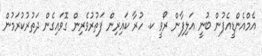
އެމްއެންޑީއެފުން ބުނީ އަލިފާން ރޯވީ ކ. ހުރާ ކައިރިން ފަތުރުވެރިން ގޮވައިގެން ދަތުރުކުރަމުން